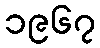
၁၉၆၇